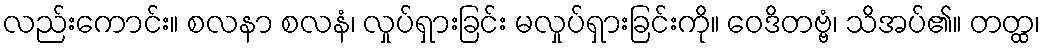
လည်းကောင်း။ စလနာ စလနံ၊ လှုပ်ရှားခြင်း မလှုပ်ရှားခြင်းကို။ ဝေဒိတဗ္ဗံ၊ သိအပ်၏။ တတ္ထ၊